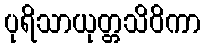
ပုရိသာယုတ္တသိဝိကာ